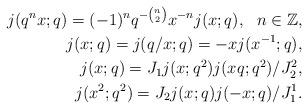
LaTeX: \begin{align*}j(q^n x;q)=(-1)^nq^{-\binom{n}{2}}x^{-n}j(x;q), \ \ n\in\mathbb{Z},\\j(x;q)=j(q/x;q)=-xj(x^{-1};q),\\j(x;q)={J_1}j(x;q^2)j(xq;q^2)/{J_2^2}, \\j(x^2;q^2)={J_2}j(x;q)j(-x;q)/{J_1^1}. \end{align*}